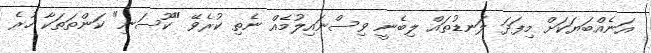
އަނެއްބަޔަކަށް މިފަދަ ލަނޑުތައް ލިބެނީ ވިސްނައިލުމެއް ނެތި ކުރެވޭ "ކޫސަނި" ކަންތަތަކާ ހުރެ